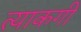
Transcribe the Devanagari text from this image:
त्याकगी